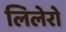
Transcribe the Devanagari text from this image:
लिलेरो